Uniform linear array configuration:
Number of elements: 8
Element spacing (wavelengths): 0.5
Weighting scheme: hann
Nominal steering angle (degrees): -15
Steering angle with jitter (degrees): -16.362
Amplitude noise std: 0.05
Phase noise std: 0.05

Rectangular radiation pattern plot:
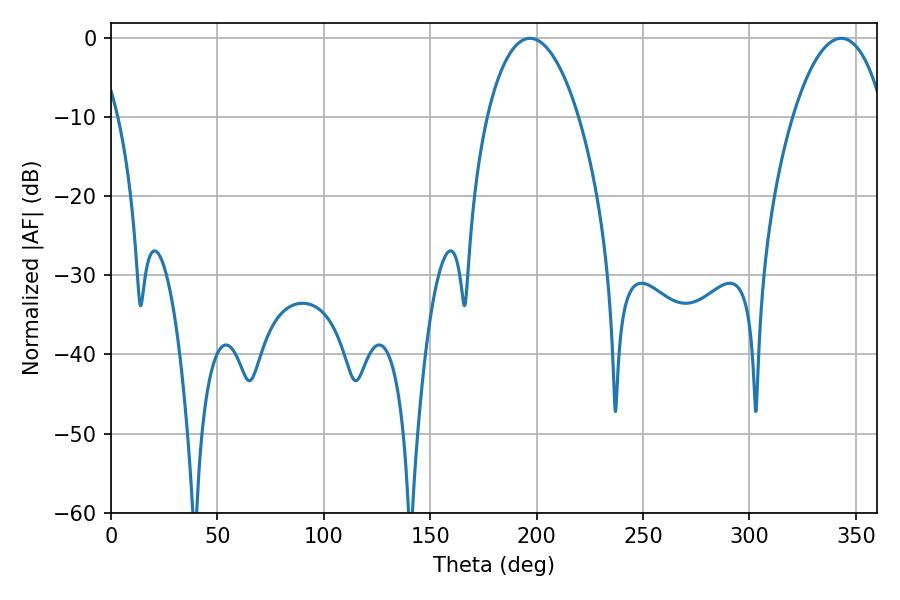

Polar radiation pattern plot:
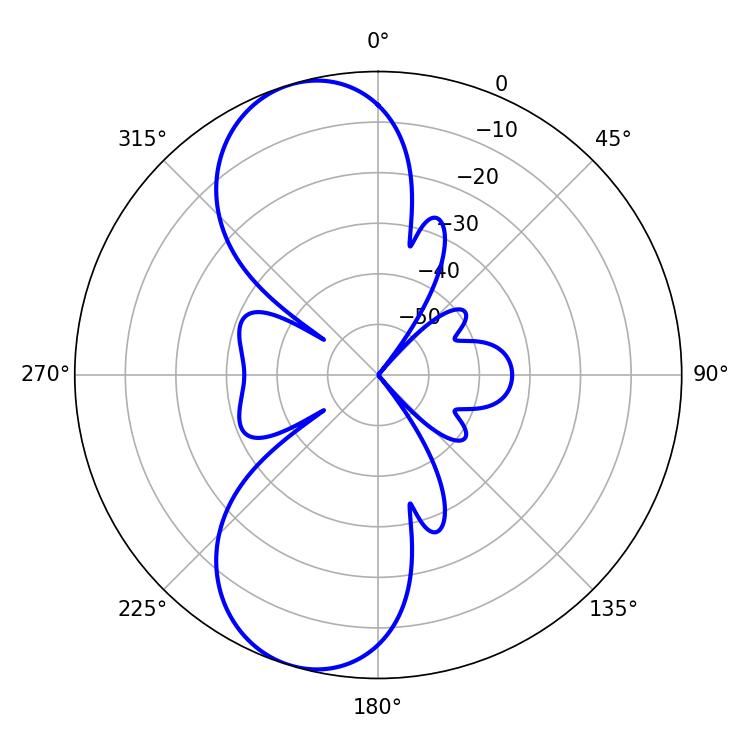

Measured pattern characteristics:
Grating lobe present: FALSE
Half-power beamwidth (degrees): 24.12
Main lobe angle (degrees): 196.92